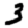
Digit: 3